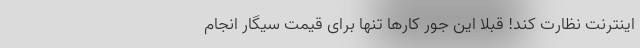
اینترنت نظارت کند! قبلا این جور کارها تنها برای قیمت سیگار انجام